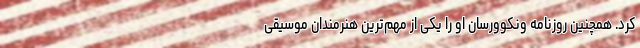
کرد. همچنین روزنامه ونکوورسان او را یکی از مهم‌ترین هنرمندان موسیقی